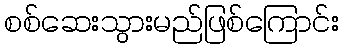
စစ်ဆေးသွားမည်ဖြစ်ကြောင်း